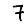
Digit: 7